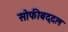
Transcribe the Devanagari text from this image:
सोफीबद्दल